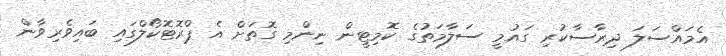
އެމައްސަލަ ދިރާސާކުރި ގައުމީ ސަލާމަތުގެ ކޮމިޓީން ނިންމި ގޮތަށް އެ ޕްރޮޓޮކޯލްގައި ބައިވެރިވާން